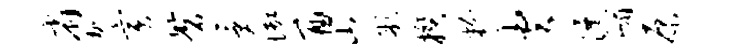
省加寅磬受御酉山彤揆粉火瀑嵋原